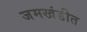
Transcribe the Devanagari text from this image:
जमखंडीत